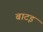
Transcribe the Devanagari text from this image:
बाटइं